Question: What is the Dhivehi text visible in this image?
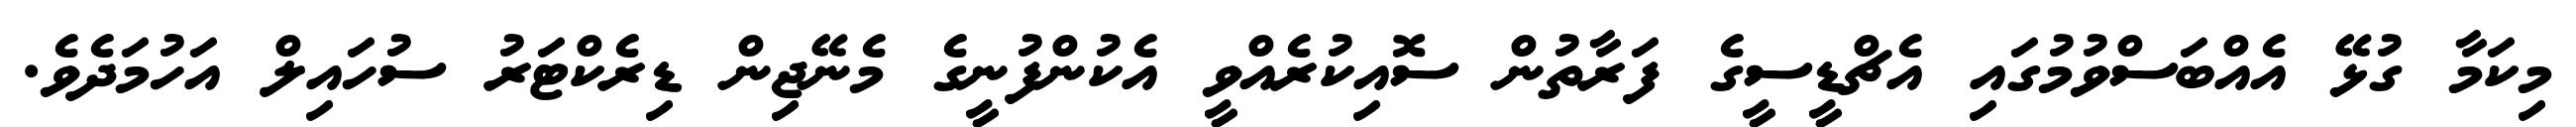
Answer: މިކަމާ ގުޅޭ އެއްބަސްވުމުގައި އެޗްޑީސީގެ ފަރާތުން ސޮއިކުރެއްވީ އެކުންފުނީގެ މެނޭޖިން ޑިރެކްޓަރު ސުހައިލް އަހުމަދެވެ.